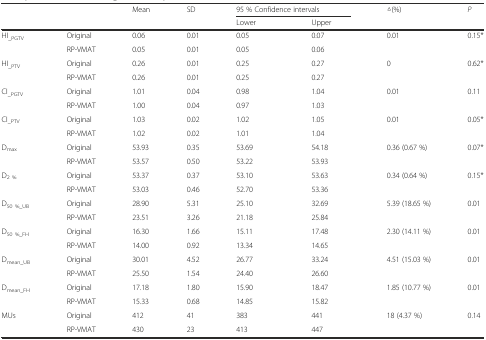
<table><thead><tr><td rowspan="2" colspan="2"></td><td rowspan="2"><b>Mean</b></td><td rowspan="2"><b>SD</b></td><td colspan="2"><b>95 % Confidence intervals</b></td><td rowspan="2"><b>△(%)</b></td><td rowspan="2"><b><i>P</i></b></td></tr><tr><td><b>Lower</b></td><td><b>Upper</b></td></tr></thead><tbody><tr><td rowspan="2">HI<sub>_PGTV</sub></td><td>Original</td><td>0.06</td><td>0.01</td><td>0.05</td><td>0.07</td><td rowspan="2">0.01</td><td rowspan="2">0.15*</td></tr><tr><td>RP-VMAT</td><td>0.05</td><td>0.01</td><td>0.05</td><td>0.06</td></tr><tr><td rowspan="2">HI<sub>_PTV</sub></td><td>Original</td><td>0.26</td><td>0.01</td><td>0.25</td><td>0.27</td><td rowspan="2">0</td><td rowspan="2">0.62*</td></tr><tr><td>RP-VMAT</td><td>0.26</td><td>0.01</td><td>0.25</td><td>0.27</td></tr><tr><td rowspan="2">CI<sub>_PGTV</sub></td><td>Original</td><td>1.01</td><td>0.04</td><td>0.98</td><td>1.04</td><td rowspan="2">0.01</td><td rowspan="2">0.11</td></tr><tr><td>RP-VMAT</td><td>1.00</td><td>0.04</td><td>0.97</td><td>1.03</td></tr><tr><td rowspan="2">CI<sub>_PTV</sub></td><td>Original</td><td>1.03</td><td>0.02</td><td>1.02</td><td>1.05</td><td rowspan="2">0.01</td><td rowspan="2">0.05*</td></tr><tr><td>RP-VMAT</td><td>1.02</td><td>0.02</td><td>1.01</td><td>1.04</td></tr><tr><td rowspan="2">D<sub>max</sub></td><td>Original</td><td>53.93</td><td>0.35</td><td>53.69</td><td>54.18</td><td rowspan="2">0.36 (0.67 %)</td><td rowspan="2">0.07*</td></tr><tr><td>RP-VMAT</td><td>53.57</td><td>0.50</td><td>53.22</td><td>53.93</td></tr><tr><td rowspan="2">D<sub>2 %</sub></td><td>Original</td><td>53.37</td><td>0.37</td><td>53.10</td><td>53.63</td><td rowspan="2">0.34 (0.64 %)</td><td rowspan="2">0.15*</td></tr><tr><td>RP-VMAT</td><td>53.03</td><td>0.46</td><td>52.70</td><td>53.36</td></tr><tr><td rowspan="2">D<sub>50 %_UB</sub></td><td>Original</td><td>28.90</td><td>5.31</td><td>25.10</td><td>32.69</td><td rowspan="2">5.39 (18.65 %)</td><td rowspan="2">0.01</td></tr><tr><td>RP-VMAT</td><td>23.51</td><td>3.26</td><td>21.18</td><td>25.84</td></tr><tr><td rowspan="2">D<sub>50 %_FH</sub></td><td>Original</td><td>16.30</td><td>1.66</td><td>15.11</td><td>17.48</td><td rowspan="2">2.30 (14.11 %)</td><td rowspan="2">0.01</td></tr><tr><td>RP-VMAT</td><td>14.00</td><td>0.92</td><td>13.34</td><td>14.65</td></tr><tr><td rowspan="2">D<sub>mean_UB</sub></td><td>Original</td><td>30.01</td><td>4.52</td><td>26.77</td><td>33.24</td><td rowspan="2">4.51 (15.03 %)</td><td rowspan="2">0.01</td></tr><tr><td>RP-VMAT</td><td>25.50</td><td>1.54</td><td>24.40</td><td>26.60</td></tr><tr><td rowspan="2">D<sub>mean_FH</sub></td><td>Original</td><td>17.18</td><td>1.80</td><td>15.90</td><td>18.47</td><td rowspan="2">1.85 (10.77 %)</td><td rowspan="2">0.01</td></tr><tr><td>RP-VMAT</td><td>15.33</td><td>0.68</td><td>14.85</td><td>15.82</td></tr><tr><td rowspan="2">MUs</td><td>Original</td><td>412</td><td>41</td><td>383</td><td>441</td><td rowspan="2">18 (4.37 %)</td><td rowspan="2">0.14</td></tr><tr><td>RP-VMAT</td><td>430</td><td>23</td><td>413</td><td>447</td></tr></tbody></table>